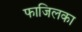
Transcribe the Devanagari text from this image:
फाजिलका